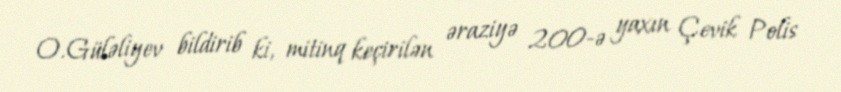
O.Güləliyev bildirib ki, mitinq keçirilən əraziyə 200-ə yaxın Çevik Polis